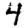
Digit: 4